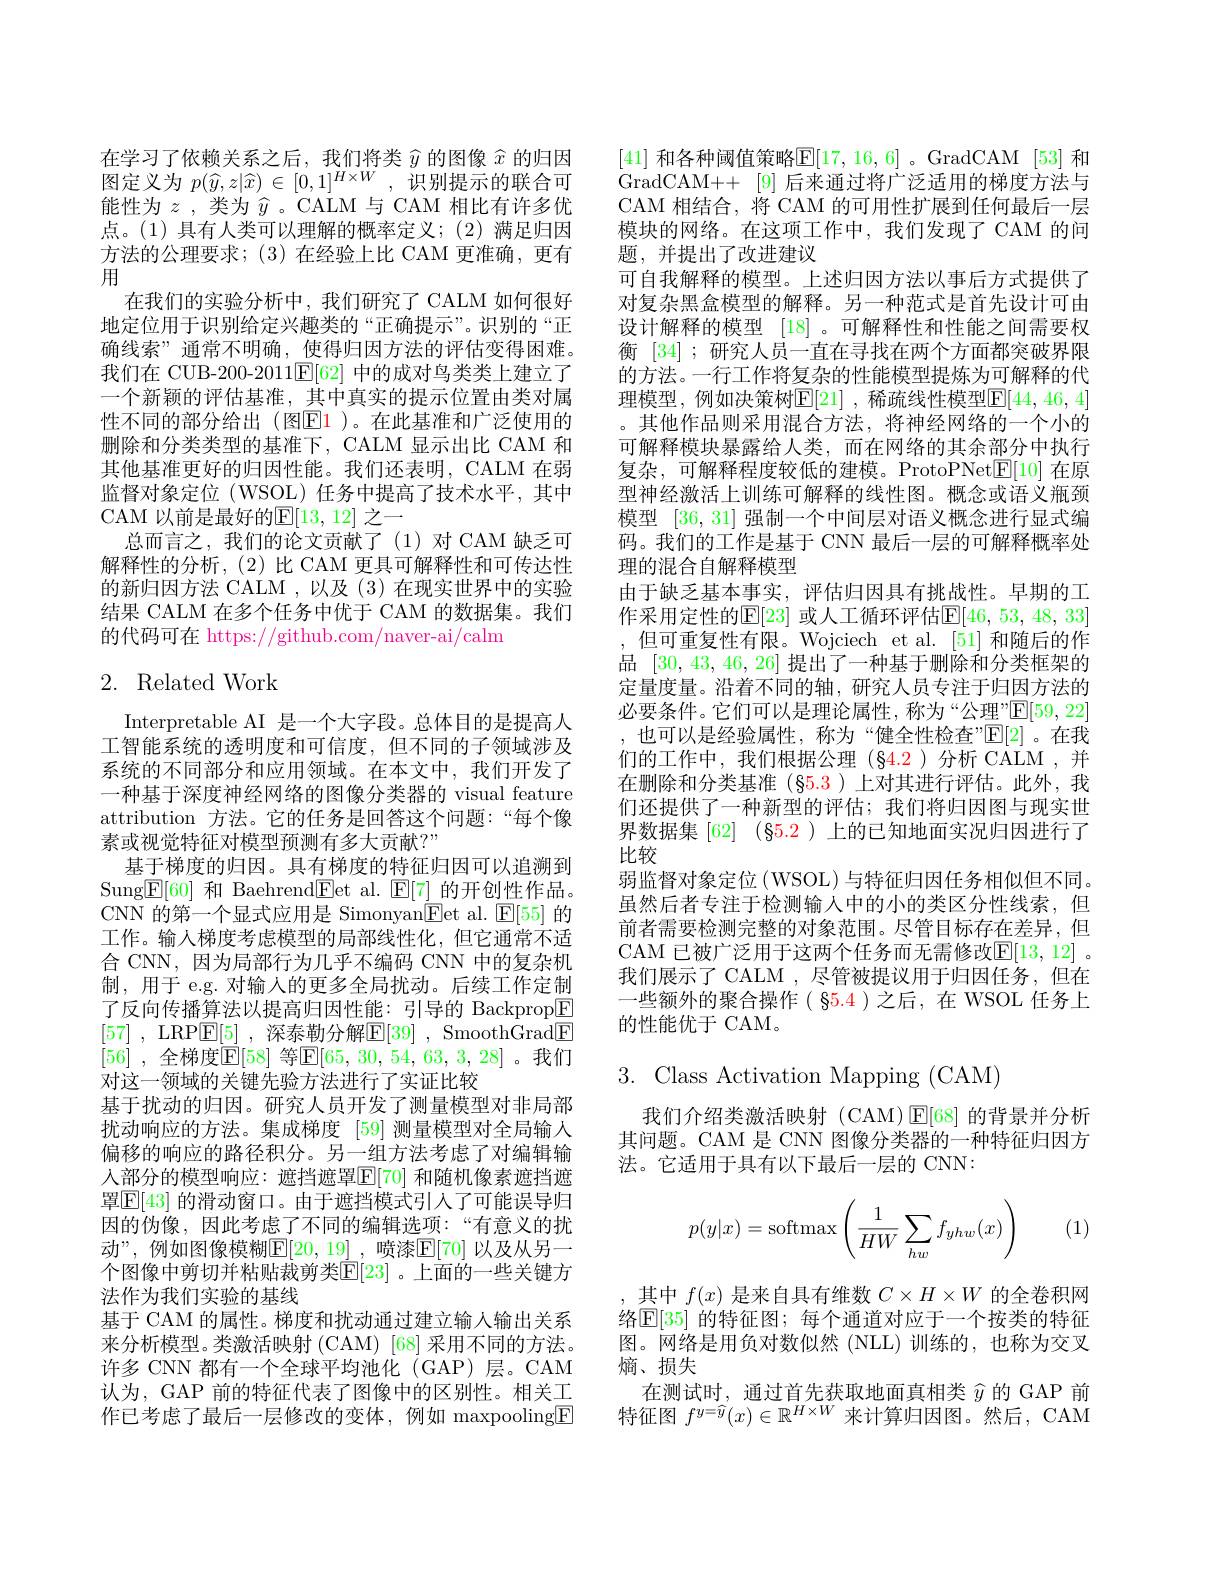
在 学 习 了 依 赖 关 系 之 后 , 我 们 将 类 $\widehat{y}$ 的 图 像 $\widehat{x}$ 的 归 因 图 定 义 为 $p( \widehat{y} , z| \widehat{x} ) \in [ 0, 1] ^{H\times W}$, 识 别 提 示 的 联 合 可能性为$z$ ,类为$\widehat{y}$ 。CALM 与 CAM 相比有许多优点。(1) 具有人类可以理解的概率定义；(2) 满足归因方法的公理要求；(3)在经验上比 CAM 更准确，更有用
在我们的实验分析中，我们研究了 CALM 如何很好地定位用于识别给定兴趣类的“正确提示”。识别的“正确线索”通常不明确，使得归因方法的评估变得困难。我们在 CUB-200-2011$\mathbb{E}[62]$中的成对鸟类类上建立了一个新颖的评估基准，其中真实的提示位置由类对属性不同的部分给出(图$\color{red}{\mathrm{E}}\color{blue}{\mathrm{1}}$)。在此基准和广泛使用的删除和分类类型的基准下，CALM 显示出比 CAM 和其他基准更好的归因性能。我们还表明，CALM 在弱监督对象定位 (WSOL) 任务中提高了技术水平，其中CAM 以前是最好的$\mathbb{E}[13,12]$ 之一
总而言之，我们的论文贡献了(1)对 CAM 缺乏可解释性的分析，(2)比 CAM 更具可解释性和可传达性的新归因方法 CALM ,以及 (3)在现实世界中的实验结果 CALM 在多个任务中优于 CAM 的数据集。我们的代码可在 https://github.com/naver-ai/calm

## 2. Related Work

Interpretable AI 是一个大字段。总体目的是提高人工智能系统的透明度和可信度，但不同的子领域涉及系统的不同部分和应用领域。在本文中，我们开发了一种基于深度神经网络的图像分类器的 visual feature attribution 方法。它的任务是回答这个问题：“每个像素或视觉特征对模型预测有多大贡献？"
基于梯度的归因。具有梯度的特征归因可以追溯到Sung$\underline{\mathbb{E}}[60]$和 Baehrend$\underline{\mathbb{E}}$et al. $\underline{\mathbb{E}}[7]$的开创性作品。CNN 的第一个显式应用是 Simonyan$\underline{\mathrm{Eet~al.~}}\underline{\mathrm{E[55]~}}$的工作。输人梯度考虑模型的局部线性化，但它通常不适合 CNN, 因为局部行为几乎不编码 CNN 中的复杂机制，用于 e.g. 对输人的更多全局扰动。后续工作定制了反向传播算法以提高归因性能：引导的 Backprop$\boxed{\mathrm{F}}$ [57] , LRP$\boxed{\mathrm{E} }[ 5]$ , 深 泰 勒 分 解 $\boxed{\mathrm{E} }[ 39]$ , SmoothGrad$\boxed{\mathrm{F}}$ [56] ,全梯度$\mathbb{E}[58]$ 等$\mathbb{E}[65,30,54,63,3,28]$ 。我们对这一领域的关键先验方法进行了实证比较
基于扰动的归因。研究人员开发了测量模型对非局部扰动响应的方法。集成梯度 [59] 测量模型对全局输入偏移的响应的路径积分。另一组方法考虑了对编辑输入部分的模型响应：遮挡遮罩$\mathbb{E}[70]$ 和随机像素遮挡遮罩$\boxed{\mathbb{E}[43]\text{ 的滑动窗口。由于遮挡模式引人了可能误导归}}$ 因的伪像，因此考虑了不同的编辑选项：“有意义的扰动”,例如图像模糊$\|$F$\|20,19|$、喷漆|F$\|$70| 以及从另一个图像中剪切并粘贴裁剪类$\mathbb{E}[23]$ 。上面的一些关键方法作为我们实验的基线
基于 CAM 的属性。梯度和扰动通过建立输人输出关系来分析模型。类激活映射 (CAM) [68] 采用不同的方法。许多 CNN 都有一个全球平均池化 (GAP)层。CAM 认为，GAP 前的特征代表了图像中的区别性。相关工作已考虑了最后一层修改的变体，例如 maxpooling$\boxed{\mathrm{F}}$

[41] 和各种阈值策略$\mathbb{E}[17,16,6]$ 。GradCAM [53] 和GradCAM++[9] 后来通过将广泛适用的梯度方法与CAM 相结合，将 CAM 的可用性扩展到任何最后一层模块的网络。在这项工作中，我们发现了 CAM 的问题，并提出了改进建议
可自我解释的模型。上述归因方法以事后方式提供了对复杂黑盒模型的解释。另一种范式是首先设计可由设计解释的模型 [18] 。可解释性和性能之间需要权衡 [34] ; 研究人员一直在寻找在两个方面都突破界限的方法。一行工作将复杂的性能模型提炼为可解释的代理模型，例如决策树$\mathbb{E}[21]$ ,稀疏线性模型$\mathbb{E}[44,46,4]$ 。其他作品则采用混合方法，将神经网络的一个小的可解释模块暴露给人类，而在网络的其余部分中执行复杂，可解释程度较低的建模。ProtoPNet$\mathbb{E}[10]$在原型神经激活上训练可解释的线性图。概念或语义瓶颈模型[36,31]强制一个中间层对语义概念进行显式编码。我们的工作是基于 CNN 最后一层的可解释概率处理的混合自解释模型
由于缺乏基本事实，评估归因具有挑战性。早期的工作采用定性的$\mathbb{E}[23]$ 或人工循环评估$\mathbb{E}[46,53,48,33]$ ,但可重复性有限。Wojciech et al. [51] 和随后的作品[30,43,46,26]提出了一种基于删除和分类框架的定量度量。沿着不同的轴，研究人员专注于归因方法的必要条件。它们可以是理论属性，称为“公理”$\mathbb{E}[59,22]$ ,也可以是经验属性，称为“健全性检查”$\mathbb{E}[2]$。在我们的工作中，我们根据公理(§4.2)分析 CALM ,并在删除和分类基准(§5.3)上对其进行评估。此外，我们还提供了一种新型的评估；我们将归因图与现实世界数据集[62] (85.2 )上的已知地面实况归因进行了比较
弱监督对象定位 (WSOL) 与特征归因任务相似但不同。虽然后者专注于检测输入中的小的类区分性线索，但前者需要检测完整的对象范围。尽管目标存在差异，但CAM 已被广泛用于这两个任务而无需修改$\mathbb{E}[13,12]$ 。我们展示了 CALM , 尽管被提议用于归因任务，但在一些额外的聚合操作( 85.4)之后，在 WSOL 任务上的性能优于 CAM。

3.Class Activation Mapping (CAM)

我们介绍类激活映射(CAM)$\operatorname{E}[68]$的背景并分析其间题。CAM 是 CNN 图像分类器的一种特征归因方法。它适用于具有以下最后一层的 CNN:
$$p(y|x)=\operatorname{softmax}\left(\frac{1}{HW}\sum_{hw}f_{yhw}(x)\right)$$
(1)

其中$f(x)$是来自具有维数$C\times H\times W$的全卷积网络$\boxed{\mathrm{E}}[35]$ 的特征图；每个通道对应于一个按类的特征图。网络是用负对数似然(NLL)训练的，也称为交叉熵、损失
在测试时，通过首先获取地面真相类$\widehat{y}$的 GAP 前特征图$f^y=\widehat{y}(x)\in\mathbb{R}^{H\times W}$来计算归因图。然后，CAM